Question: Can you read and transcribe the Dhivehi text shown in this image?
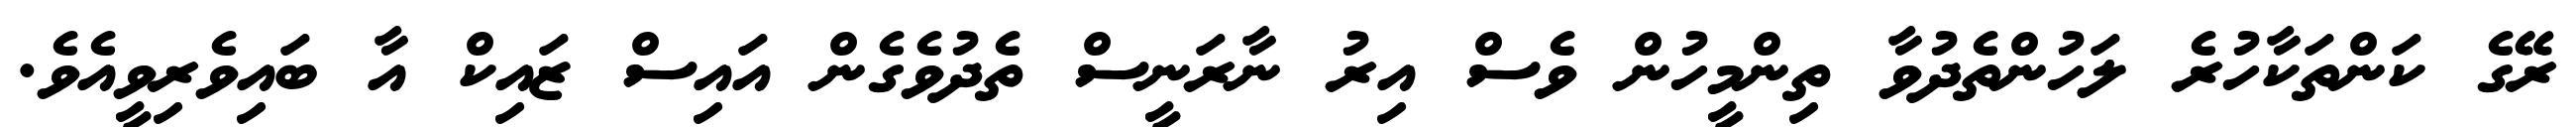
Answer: ރޭގެ ކަންތަކާހުރެ ލަހުންތެދުވާ ތިންމީހުން ވެސް އިރު ނާރަނީސް ތެދުވެގެން އައިސް ޒައިކް އާ ބައިވެރިވީއެވެ.